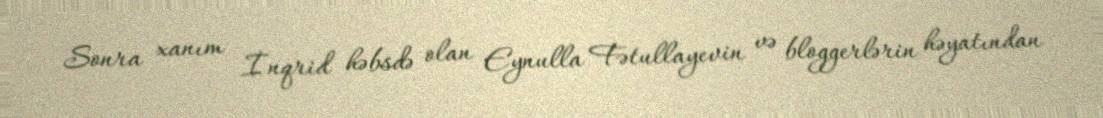
Sonra xanım İnqrid həbsdə olan Eynulla Fətullayevin və bloggerlərin həyatından